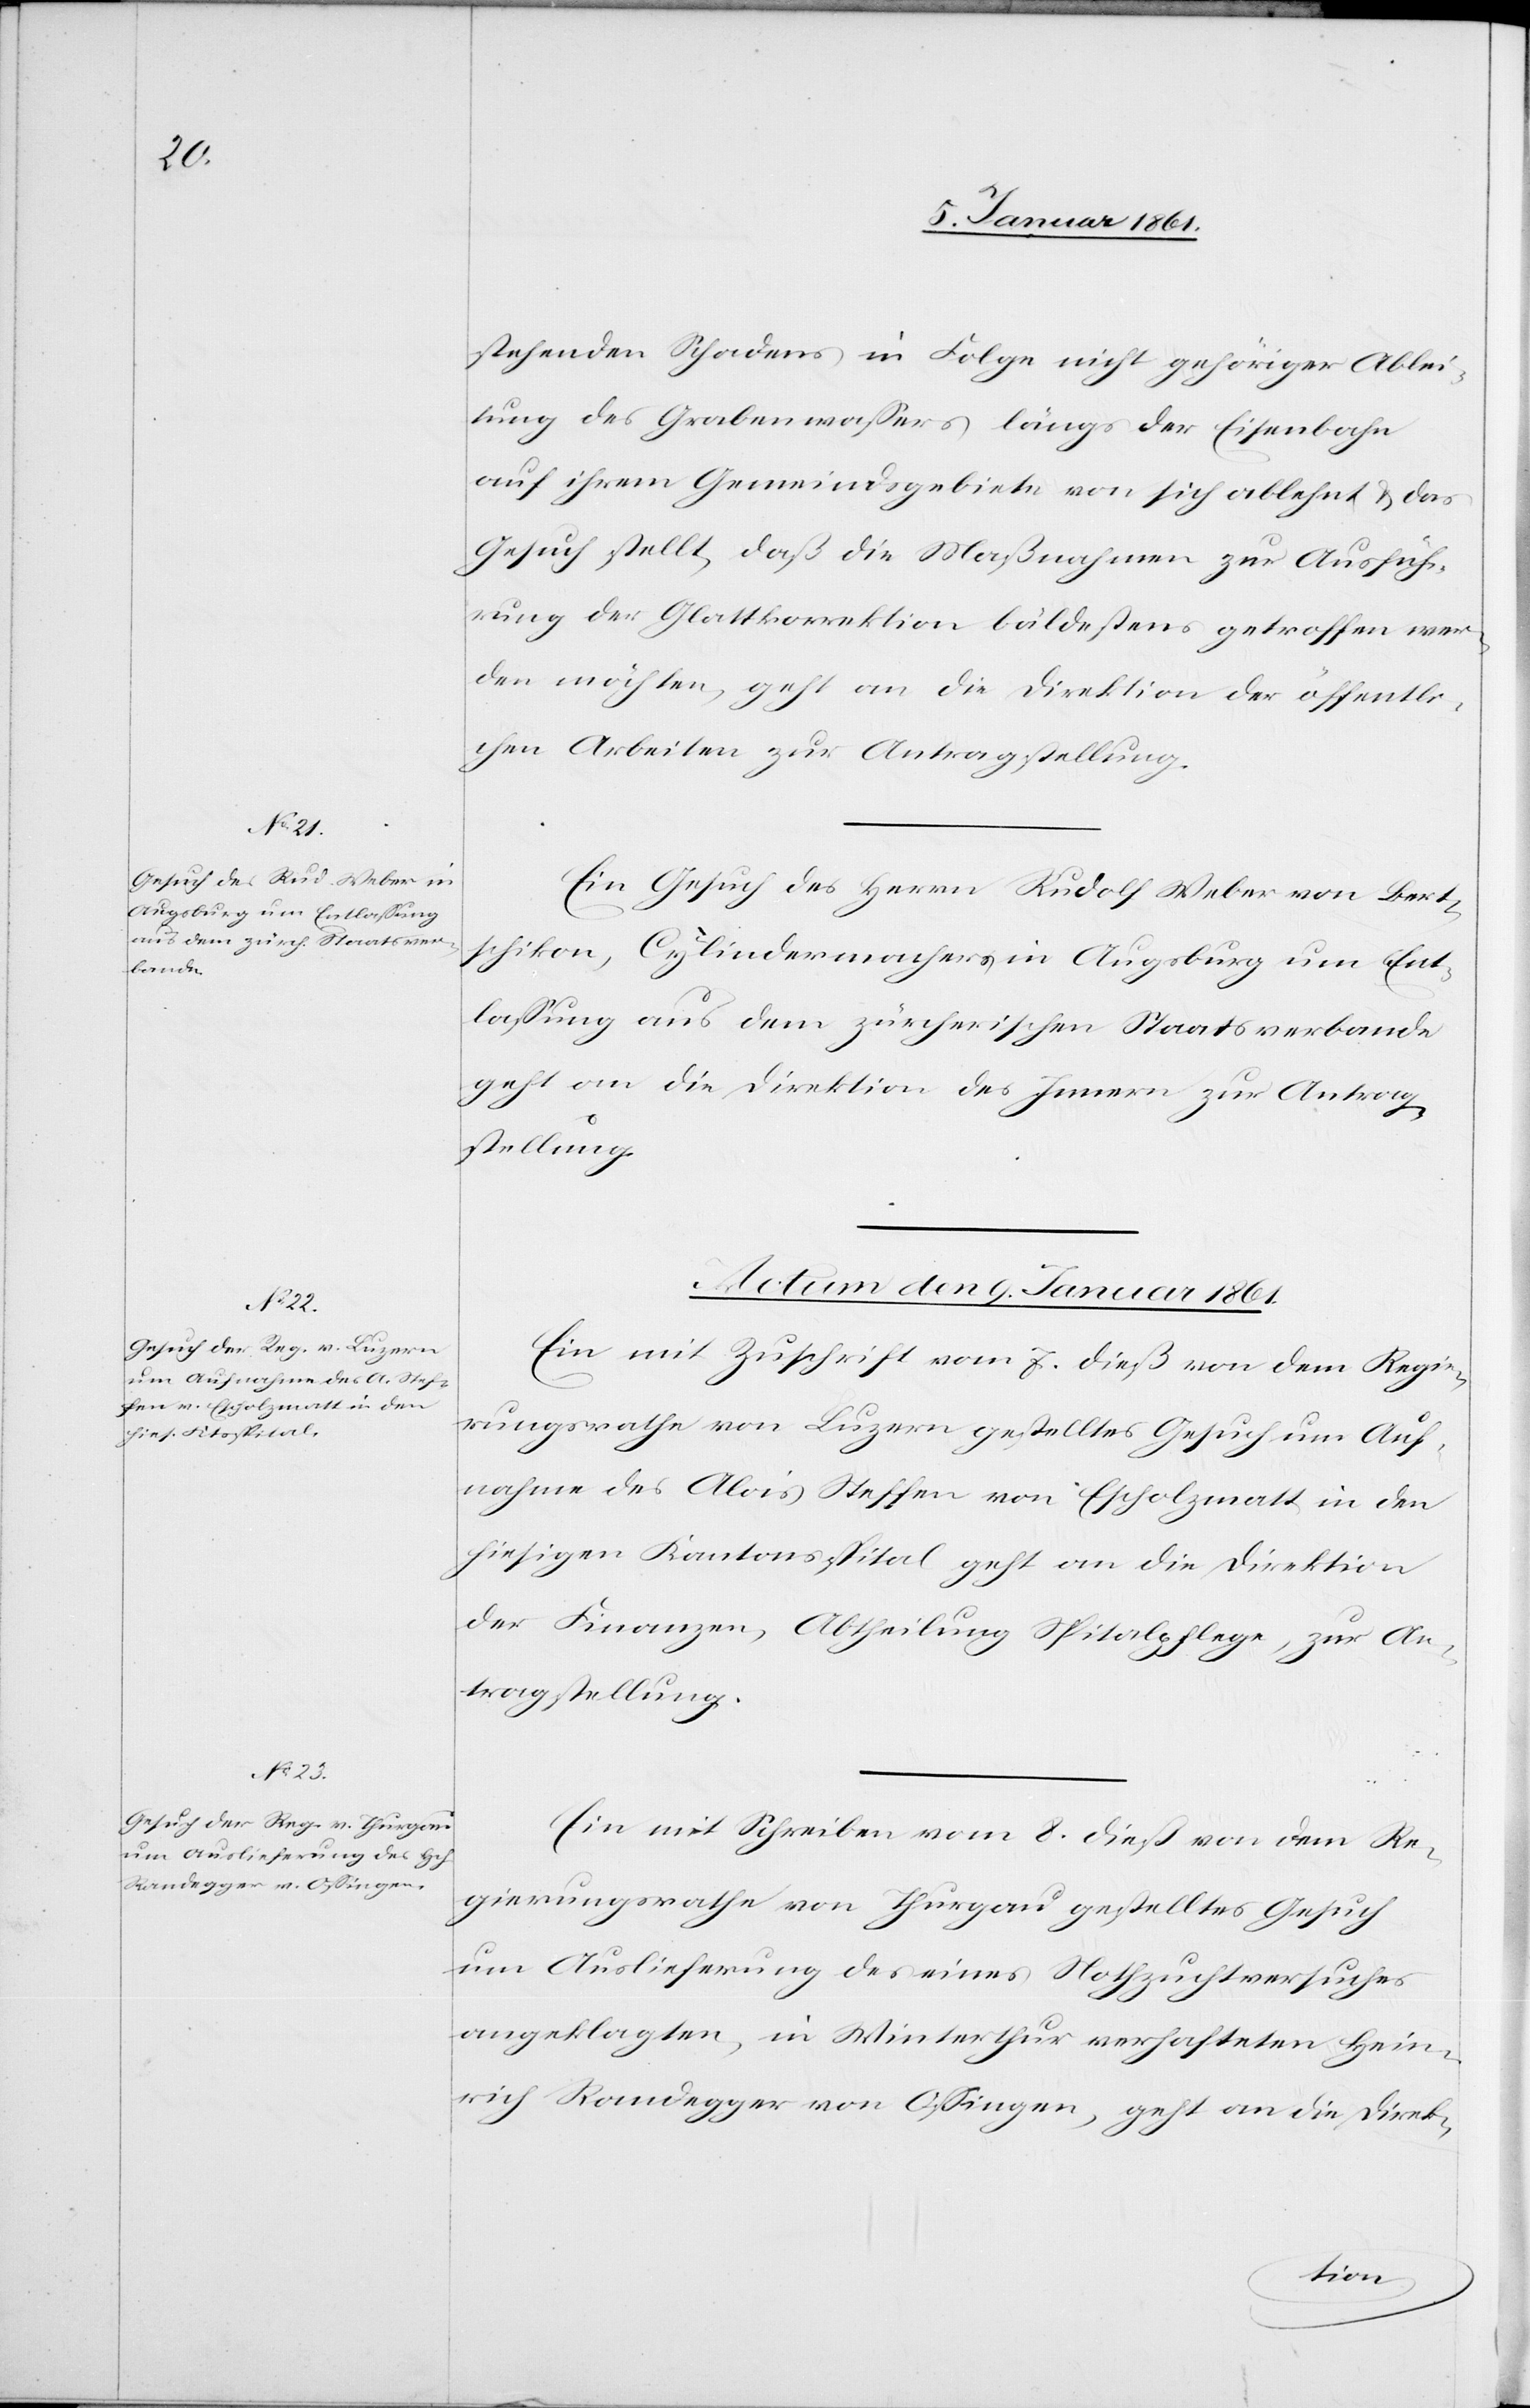
stehenden Schaden in Folge nicht gehöriger Ablei¬
tung des Grabenwassers längs der Eisenbahn
auf ihrem Gemeindsgebiete von sich ablehnt u. das
Gesuch stellt, daß die Maßnahmen zur Ausfüh¬
rung der Glattkorrektion bäldestens getroffen wer¬
den möchten, geht an die Direktion der öffentli¬
chen Arbeiten zur Antragstellung.
Ein Gesuch des Herrn Rudolf Weber von Bert¬
schikon, Cylindermachers in Augsburg um Ent¬
lassung aus dem zürcherischen Staatsverbande
geht an die Direktion des Innern zur Antrag¬
stellung.
Actum den 9. Januar 1861.]
Ein mit Zuschrift vom 7. diess von dem Regie¬
rungsrathe von Luzern gestelltes Gesuch um Auf¬
nahme des Alois Steffen von Escholzmatt in den
hiesigen Kantonsspital geht an die Direktion
der Finanzen, Abtheilung Spitalpflege, zur An¬
tragstellung.
Ein Schreiben vom 8. dieß von dem Re¬
gierungsrathe von Thurgau gestelltes Gesuch
um Auslieferung des eines Nothzuchtversuches
angeklagten, in Winterthur verhafteten Hein¬
rich Randegger von Ossingen, geht an die Direk-